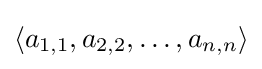
\langle a_{1,1},a_{2,2},\ldots ,a_{n,n}\rangle